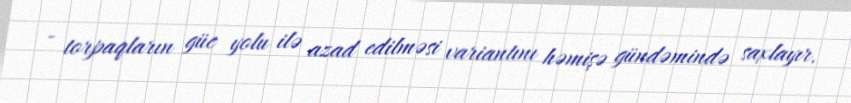
- torpaqların güc yolu ilə azad edilməsi variantını həmişə gündəmində saxlayır.